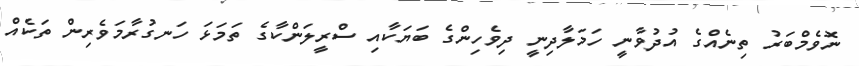
ނޮވެމްބަރު ތިނެއްގެ އުދުވާނީ ހަމަލާދިނީ ދިވެހިންގެ ބަޔަކާއި ސްރީލަންކާގެ ތަމަޅަ ހަނގުރާމަވެރިން ތަކެއް